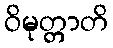
ဝိမုတ္တာတိ